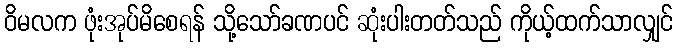
ဝိမလက ဖုံးအုပ်မိစေရန် သို့သော်ခဏပင် ဆုံးပါးတတ်သည် ကိုယ့်ထက်သာလျှင်